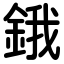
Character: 鋨